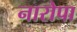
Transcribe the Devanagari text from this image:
नारोपा